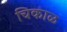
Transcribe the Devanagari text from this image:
चिकाळ